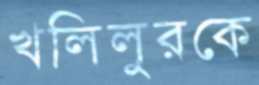
খলিলুরকে